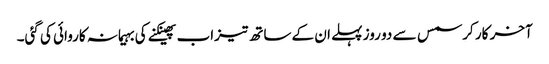
آخر کار کرسمس سے دو روز پہلے ان کے ساتھ تیزاب پھینکنے کی بہیمانہ کاروائی کی گئی۔